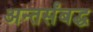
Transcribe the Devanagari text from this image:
अन्तर्संबद्ध